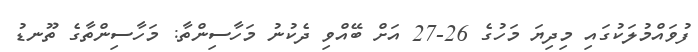
ފުވައްމުލަކުގައި މިދިޔަ މަހުގެ 26-27 އަށް ބޭއްވި ދެކުނު މަހާސިންތާ: މަހާސިންތާގެ ތޫނޑު